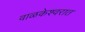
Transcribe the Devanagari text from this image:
वाळकेश्वरात